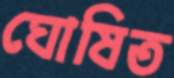
ঘোষিত